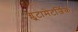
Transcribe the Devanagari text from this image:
ग्लूटामेटर्जिक